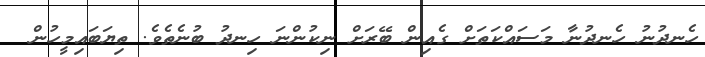
ހެނދުނު ހެނދުނާ މަސައްކަތަށް ގެއިން ބޭރަށް ނިކުންނަ ހިނދު ބުނެތެވެ. ތިޔަބައިމީހުން